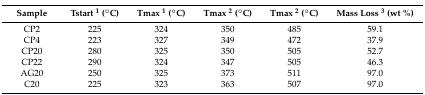
<table><thead><tr><td><b>Sample</b></td><td><b>Tstart <sup>1</sup> (°C)</b></td><td><b>Tmax <sup>1</sup> (°C)</b></td><td><b>Tmax <sup>2</sup> (°C)</b></td><td><b>Tmax <sup>2</sup> (°C)</b></td><td><b>Mass Loss <sup>3</sup> (wt %)</b></td></tr></thead><tbody><tr><td>CP2</td><td>225</td><td>324</td><td>350</td><td>485</td><td>59.1</td></tr><tr><td>CP4</td><td>223</td><td>327</td><td>349</td><td>472</td><td>37.9</td></tr><tr><td>CP20</td><td>280</td><td>325</td><td>350</td><td>505</td><td>52.7</td></tr><tr><td>CP22</td><td>290</td><td>324</td><td>347</td><td>505</td><td>46.3</td></tr><tr><td>AG20</td><td>250</td><td>325</td><td>373</td><td>511</td><td>97.0</td></tr><tr><td>C20</td><td>225</td><td>323</td><td>363</td><td>507</td><td>97.0</td></tr></tbody></table>